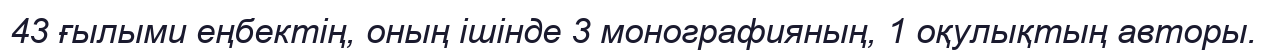
43 ғылыми еңбектің, оның ішінде 3 монографияның, 1 оқулықтың авторы.